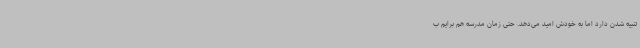
تنبیه شدن دارد اما به خودش امید می‌دهد. حتی زمان مدرسه هم برایم ب